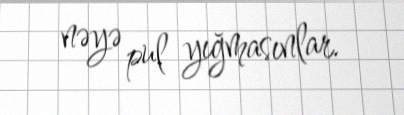
nəyə pul yığmasınlar.